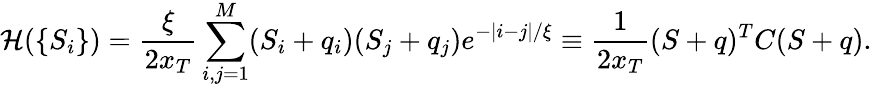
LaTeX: \mathcal{H}(\{ S_{i}\} )=\frac{\xi}{2x_{T}}\sum_{i,j=1}^{M}(S_{i}+q_{i})(S_{j}+q_{j})e^{-|i-j|/\xi}\equiv\frac{1}{2x_{T}}(S+q)^{T}C(S+q).